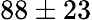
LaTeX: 88\pm 23